system: You are a helpful assistant.
user:
Analyze the provided spectrum to determine if it is a **M-type Giant (gM)**.

A M-type Giant spectrum is defined by its **strong molecular absorption** features, particularly from **Titanium Oxide (TiO)**. You must check for one of the following mutually exclusive signatures:

- **Key Visual Indicators (Absorption-Dominated Spectrum):**

    - **(Primary):** The spectrum is dominated by strong molecular absorption from **Titanium Oxide (TiO)**. This is the **defining feature** of its M-type temperature class.
        - **(Key Bandheads):** Look for sharp, "saw-tooth" absorption valleys. The strongest are located near **~7050 Å**, **~6160 Å**, and **~5170 Å**.
        - **(Line Profile):** The "saw-tooth" morphology is critical: a **sharp, steep drop on the BLUE (short-wavelength) side** of the bandhead, followed by a gradual recovery (rising flux) towards the RED (long-wavelength) side.

    - **(Key Confirmation - Giant vs. Dwarf):** **ABSENCE** of strong **Calcium Hydride (CaH)** molecular bands. This is the primary diagnostic for *excluding* M-dwarfs.
        - **(Key Region):** The spectrum should lack the strong, broad absorption band seen in dwarfs between **~6800 Å and ~7000 Å**.

    - **(Secondary Confirmation - Giant):** A very strong and broad **Neutral Calcium (Ca I)** atomic absorption line.
        - **(Key Line):** Located at **~4226 Å**. In a giant (gM), this line is significantly deeper and broader than the same line in an M-dwarf (dM) due to low surface gravity.

    - **(Overall Spectrum):**
        - The continuum is **extremely red-sloping** (i.e., flux is very low in the blue and rises dramatically towards the red).
        - The entire spectrum appears "chopped up" by the deep TiO bands.

Think first, call **spectral_visualization_tool** if needed to examine features in detail, then provide your final answer. Your response must adhere to the following strict rules:
1.  **Overall Structure:** Your response must follow the format `<think>...</think> <tool_call>...</tool_call> (if a tool is used) <answer>...</answer>`.
2.  **Tool Usage Constraint:** You may only make **one** tool call per turn.
3.  **Final Answer Format:** In the `<answer>` tag, your conclusion must be inside a `\boxed{}` command (e.g., `\boxed{YES}` or `\boxed{NO}`), followed by your justification.

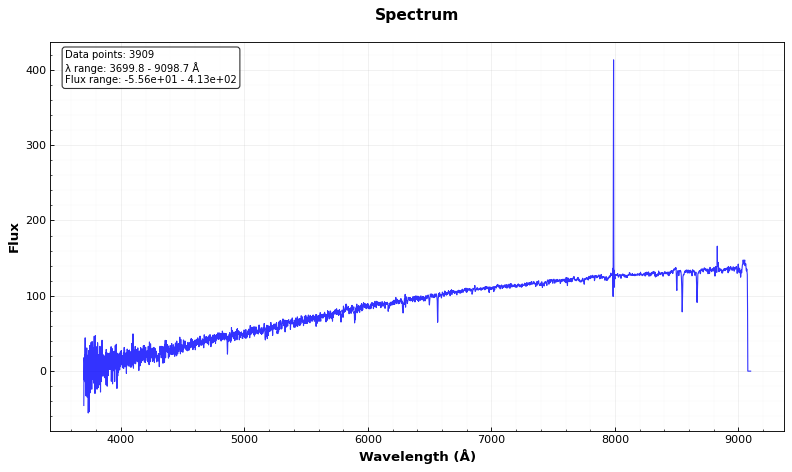
Answer: NO